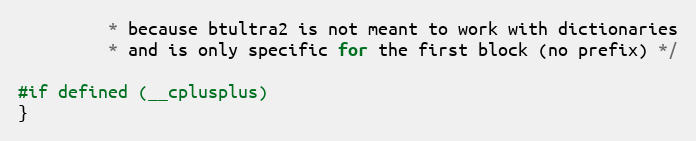
Language: C
         * because btultra2 is not meant to work with dictionaries
         * and is only specific for the first block (no prefix) */

#if defined (__cplusplus)
}